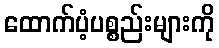
ထောက်ပံ့ပစ္စည်းများကို